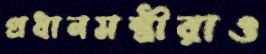
প্রধানমন্ত্রীরাও